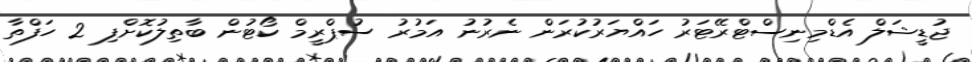
ޖުޑީޝަލް އެޑްމިނިސްޓްރޭޓަރު ހައްޔަރުކުރަން ނެރުނު އަމުރު ސުޕްރީމް ކޯޓުން ބާތިލުކޮށްފި 2 ހަފްތާ